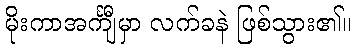
မိုးကာအင်္ကျီမှာ လက်ခနဲ ဖြစ်သွား၏။